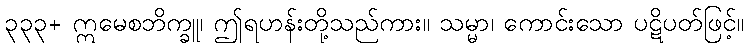
၃၃၃+ ဣမေစဘိက္ခူ၊ ဤရဟန်းတို့သည်ကား။ သမ္မာ၊ ကောင်းသော ပဋိပတ်ဖြင့်။